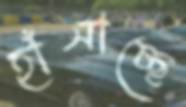
হাঁসাচ্ছে